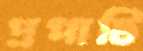
প্রপাটি